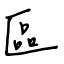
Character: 區